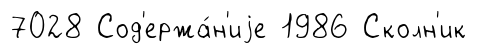
7028 Сод'ержа́н'иjе 1986 Сколн'ик